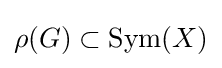
\rho (G)\subset \operatorname {Sym} (X)